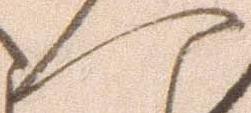
へ